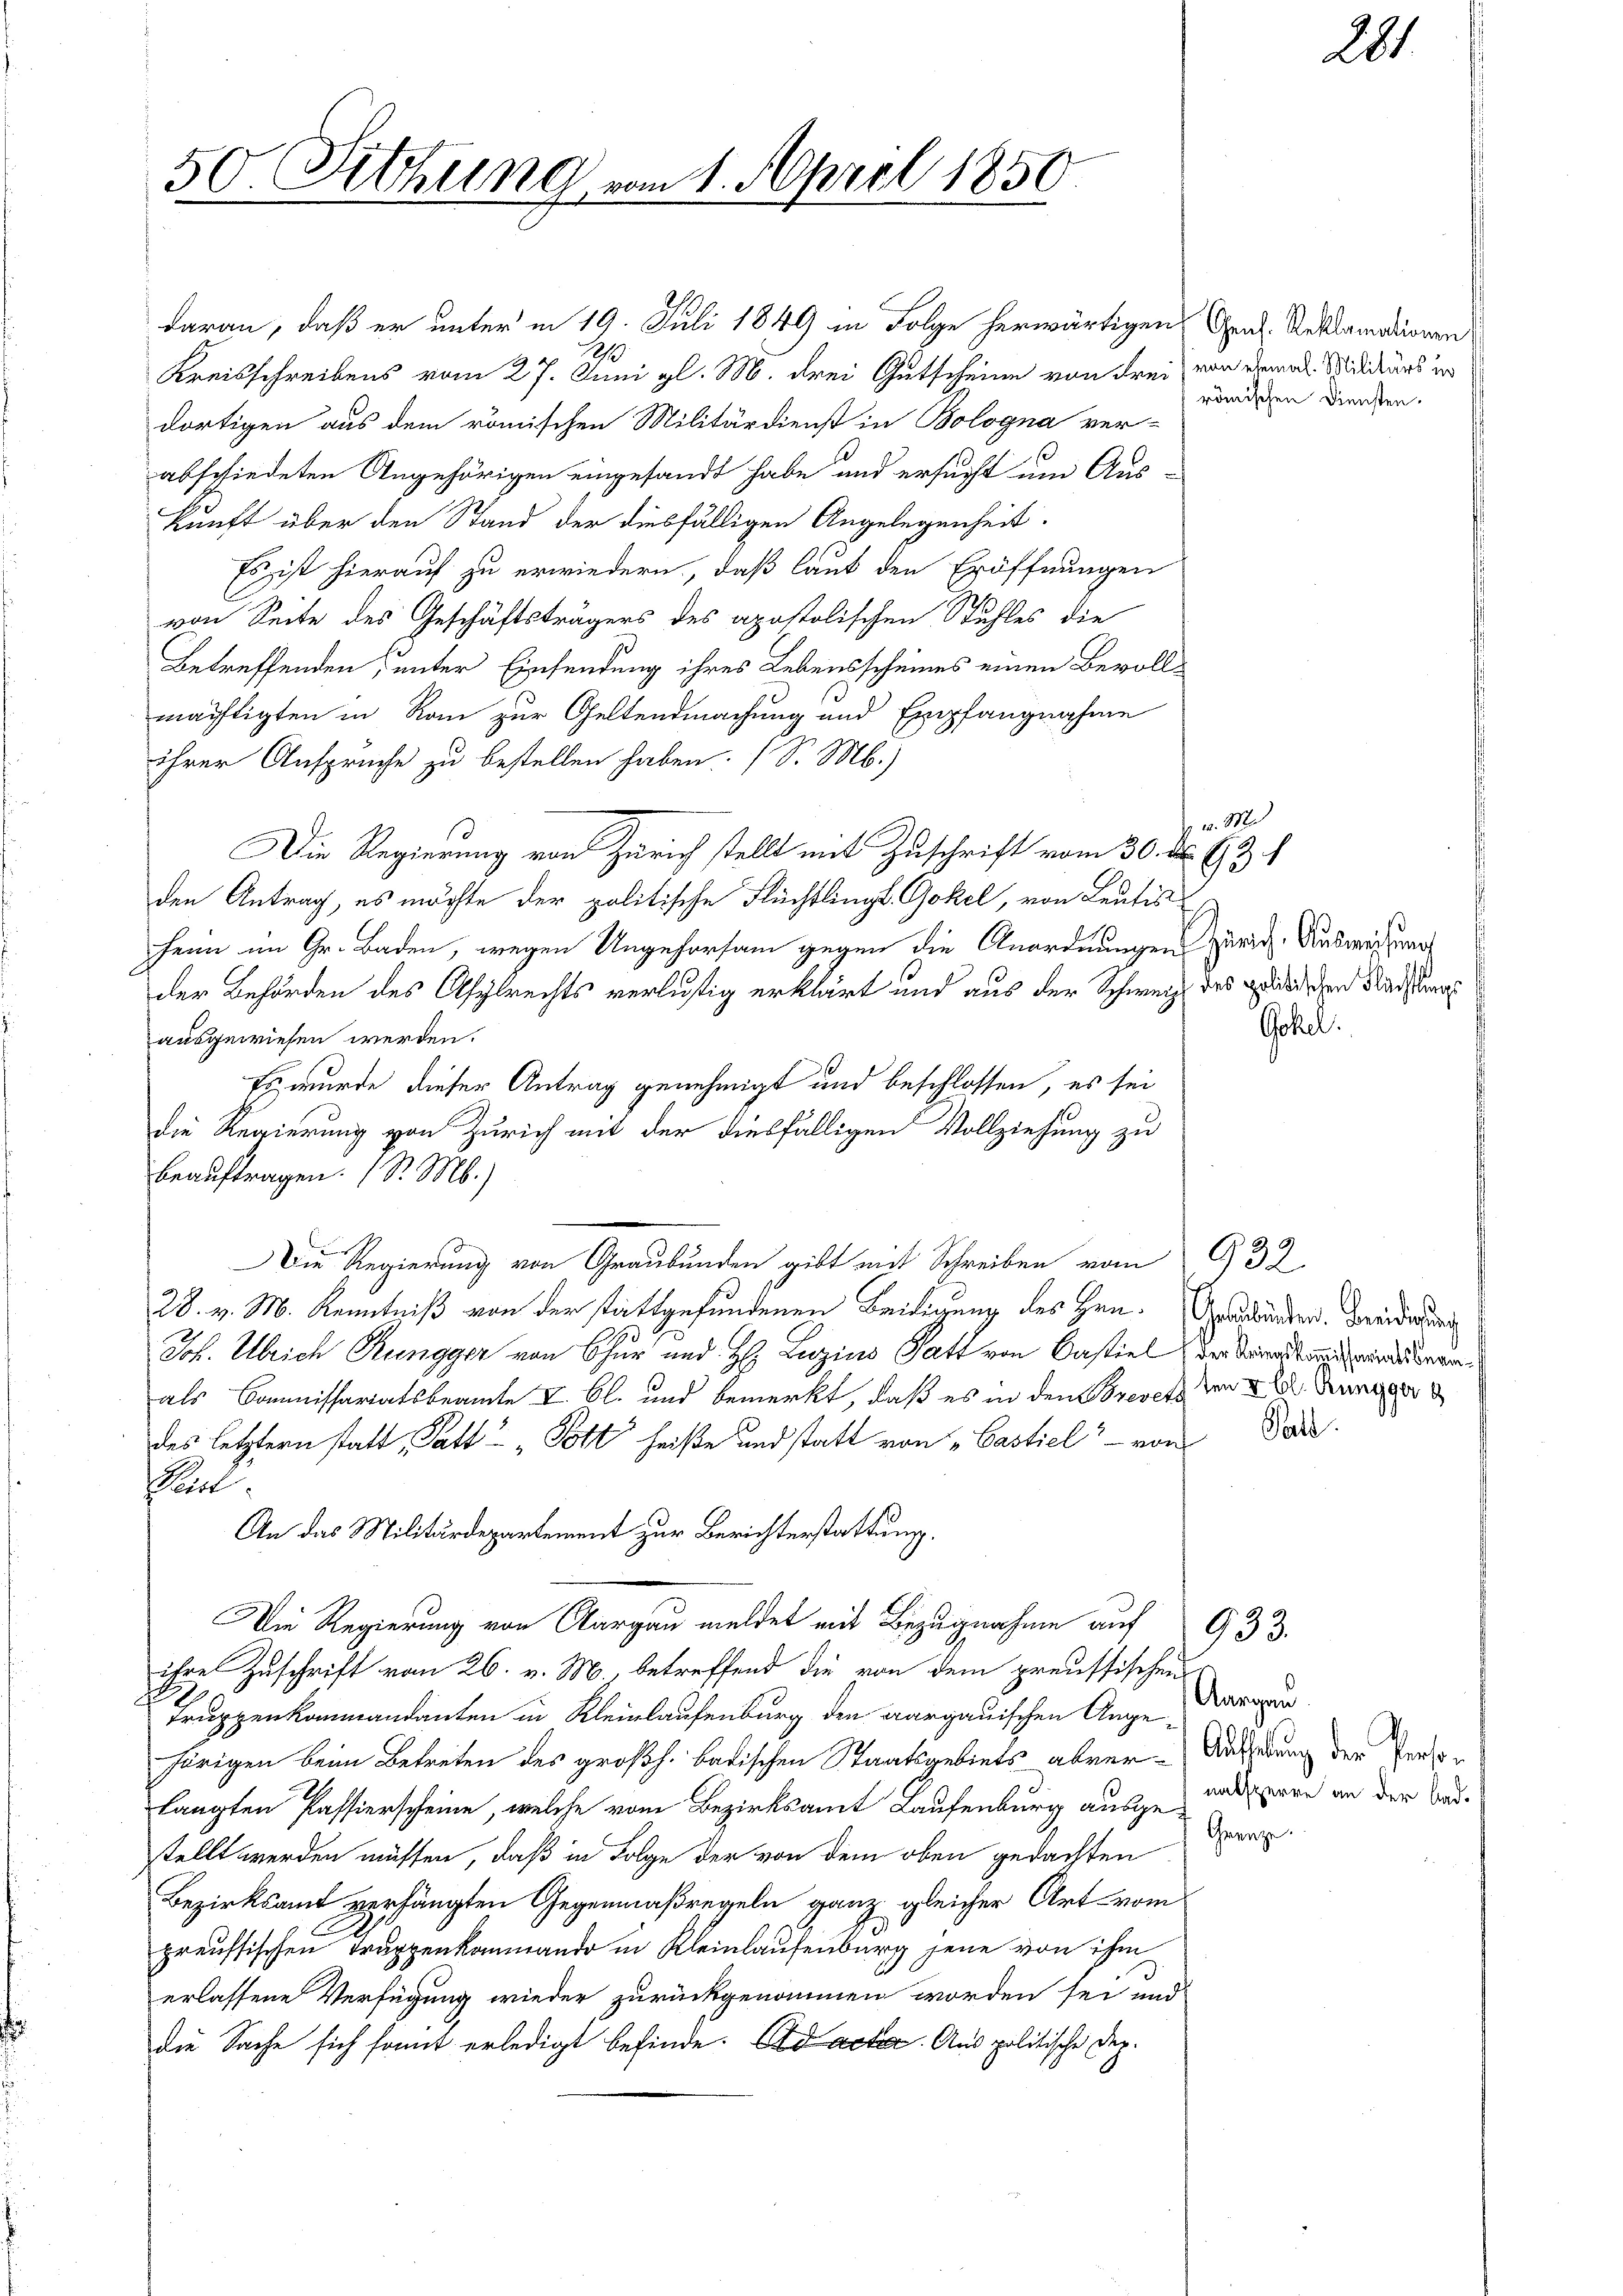
50. Sitzung e

daran, daß er unter in 19. Juli 1849 in Folge herwärtigen Gras Reklamationen
10
Kreisschreibens vom 27. Juni gl. M. drei Gutscheine von drei von dem als Siditärs un
dortigen aus dem römischen Militärdienst in Bologna ver-
abschiedeten Angehörigen eingesandt habe und ersucht um Aus-
kunft über den Stand der diesfälligen Angelegenheit.
Es ist hierauf zu erwiedern, daß laut den Eröffnungen
von Seite des Geschäftsträgers des apostolischen Stuhles die
Betreffenden, unter Einsendung ihres Lebensscheines einen Bevoll-
mächtigten in Rom zur Geltendmachung und Empfangnahme
ihrer Ansprüche zu bestellen haben. (S. M.)
Die Regierung von Zürich stellt mit Zuschrift vom 30. d. 63 f
den Antrag, es möchte der politische Flüchtlings-Gokel, von Leutis
hern im Gr. Baden, wegen Ungehorsam gegen die Anordnungen Zürich. Ausweisung
der Behörden des Asylrechts verlustig erklärt und aus der Schweiz des Heidlichen Nachtung
ausgewiesen werden.
Es wurde dieser Antrag genehmigt und beschlossen, es sei
Die Regierung von Zürich mit der diesfälligen Vollziehung zu
beauftragen. (S. M.)
Die Regierung von Graubünden gibt mit Schreiben vom
28. v. M. Kenntniß von der stattgefundenen Beidigung des Hrn.
Joh. Ulrich Rungger von Chur und H. Luzius Patt von Castiel der Wiedern
als Commissariatsbeamte V. Bl. und bemerkt, daß es in den Brevets den u. Kunzer
des letztern statt, Patt“ „Gott heiße und statt von "Castiel - von
Pad.
An das Militärdepartement zur Berichterstattung.
Die Regierung von Aargau meldet mit Bezugnahme auf
ihre Zuschrift vom 26. v. M. betreffend die von dem preussischen
Truppenkommandanten in Kleinlaufenburg den aargauischen Angehörigen beim Betreten des großh. badischen Staatsgebiets abner-Ausserung der Persolangten Passierscheine, welche vom Bezirksamt Laufenburg ausgeradere an der Badstellt werden müssen, daß in Folge der von dem oben gedachten
Bezirksamt verhängten Gegenmaßregeln ganz gleicher Art vom
preussischen Truppenkommando in Kleinlaufenbarg jene von ihm
erlassene Verfügung wieder zurückgenommen worden sei und
die Sache sich somit erledigt befinde. Ad acte. Aus politische Dez.

m 1. April 1850.

römischen Diensten.

v. M.
Gokel.

932.
Gebunden. Beeidierung

Patt.

933.
Aargau
Grenze.

201